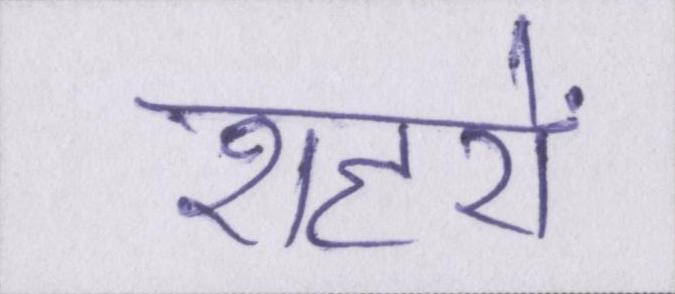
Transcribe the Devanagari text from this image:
शहरों